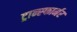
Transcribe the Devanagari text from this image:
ट्रान्स्फार्मर